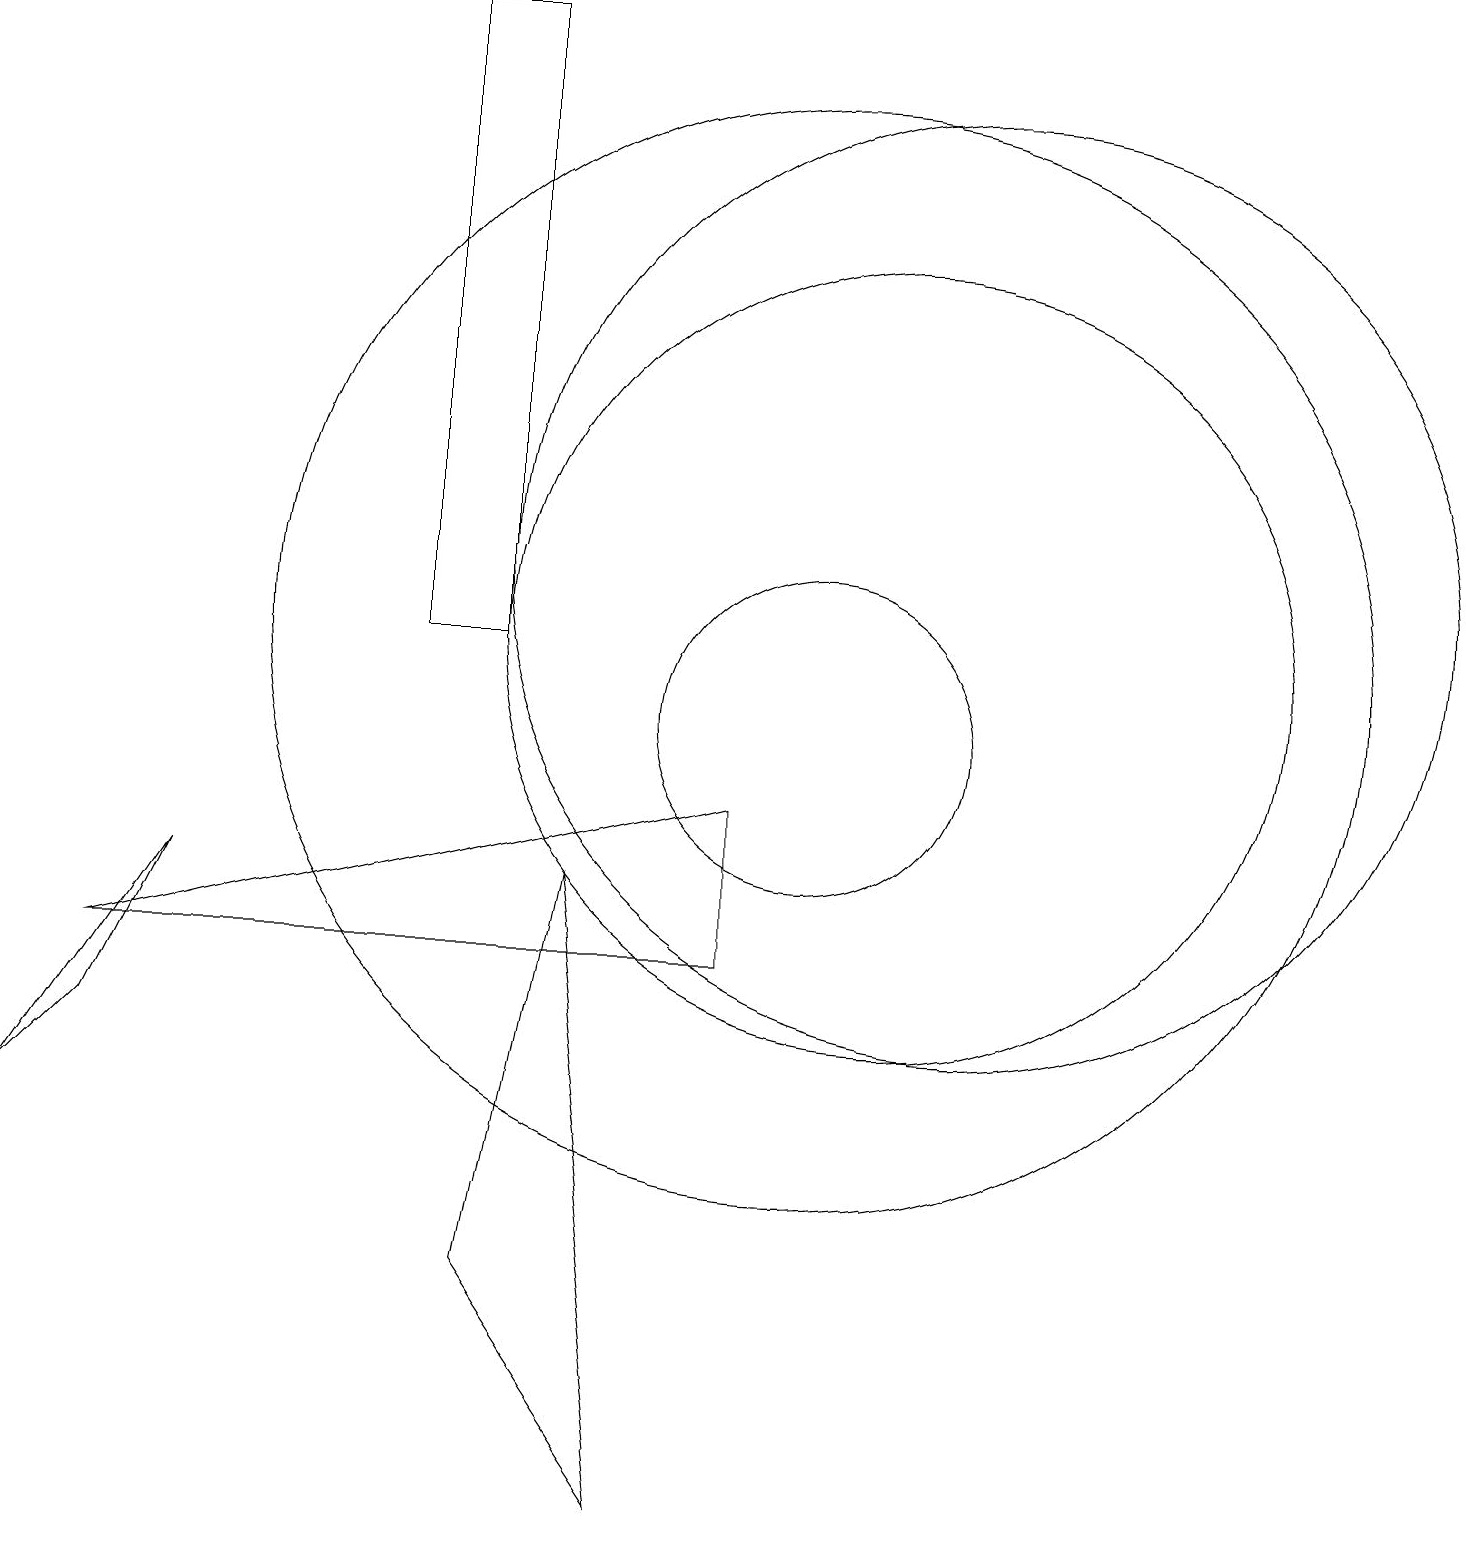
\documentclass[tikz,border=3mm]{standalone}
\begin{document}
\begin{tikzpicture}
\draw (11,11) circle (5);
\draw (1,7) -- (9,7) -- (9,9) -- cycle;
\draw (6,11) rectangle (5,19);
\draw (6,3) -- (8,0) -- (7,8) -- cycle;
\draw (1,6) -- (2,8) -- (0,5) -- cycle;
\draw (12,12) circle (6);
\draw (10,11) circle (7);
\draw (10,10) circle (2);
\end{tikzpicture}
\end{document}